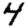
Digit: 4